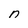
Character: n